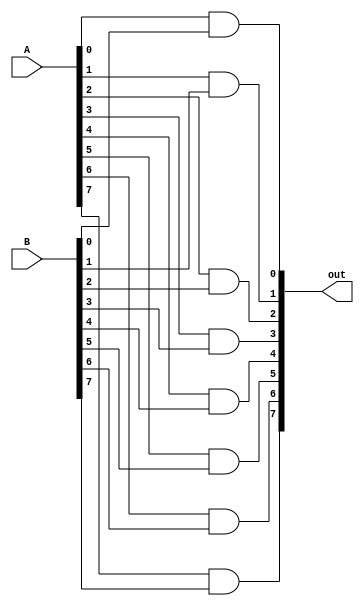
module And_8
(
    input [7:0] A,
    input [7:0] B,
    output [7:0] out
);
    genvar c;
    generate
        for(c=0; c<8; c = c+1)begin
            and and1(out[c], A[c], B[c]);
        end
    endgenerate
endmodule